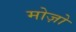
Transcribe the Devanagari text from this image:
मोज़ो